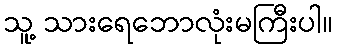
သူ့ သားရေဘောလုံးမကြီးပါ။